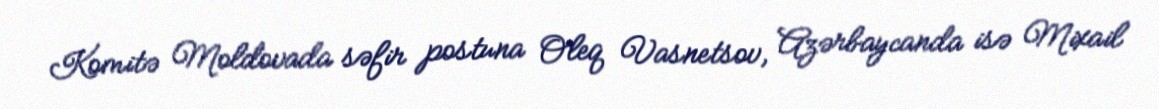
Komitə Moldovada səfir postuna Oleq Vasnetsov, Azərbaycanda isə Mixail